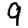
Digit: 9